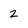
Character: 2